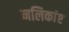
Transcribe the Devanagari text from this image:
नलिकांए